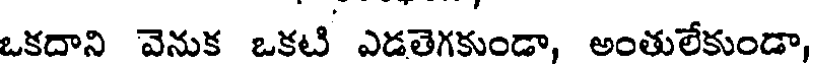
ఒకదాని వెనుక ఒకటి ఎడతెగకుండా, అంతులేకుండా,